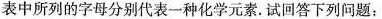
表中所列的字母分别代表一种化学元素。试回答下列问题：